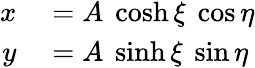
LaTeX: \begin{array}{rl}{x}&{{}=A\ \cosh\xi\ \cos\eta}\\ {y}&{{}=A\ \sinh\xi\ \sin\eta}\end{array}